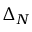
\Delta _ { N }